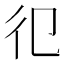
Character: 𢒿